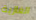
الغازية